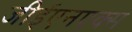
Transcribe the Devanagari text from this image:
जीईएनएक्स